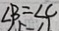
\angle B = \angle C